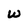
Character: W